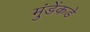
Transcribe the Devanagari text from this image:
मुंडेंकडे